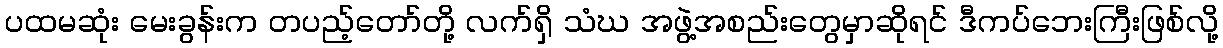
ပထမဆုံး မေးခွန်းက တပည့်တော်တို့ လက်ရှိ သံဃ အဖွဲ့အစည်းတွေမှာဆိုရင် ဒီကပ်ဘေးကြီးဖြစ်လို့